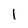
Character: i